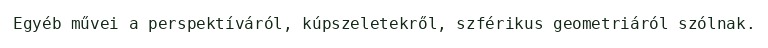
Egyéb művei a perspektíváról, kúpszeletekről, szférikus geometriáról szólnak.